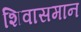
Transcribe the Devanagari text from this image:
शिवासमान